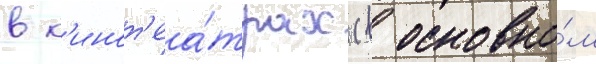
в к'инот'еа́трах (в основно́м